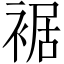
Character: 裾